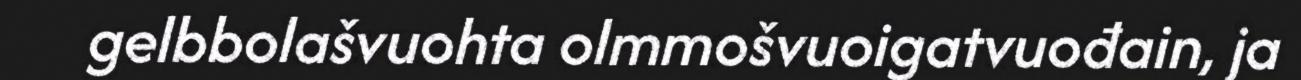
gelbbolašvuohta olmmošvuoigatvuođain, ja